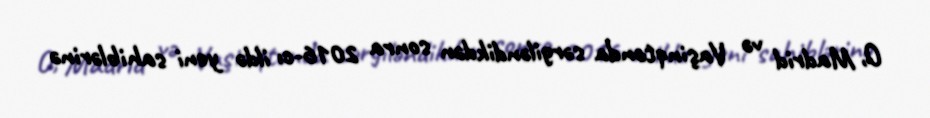
O, Madrid və Vaşinqtonda sərgiləndikdən sonra 2016-cı ildə yeni sahiblərinə